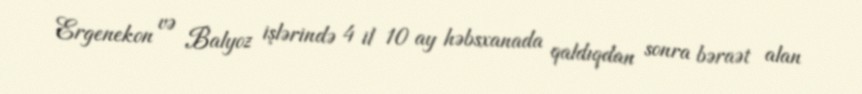
Ergenekon və Balyoz işlərində 4 il 10 ay həbsxanada qaldıqdan sonra bəraət alan